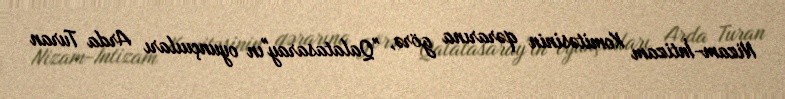
Nizam-İntizam Komitəsinin qərarına görə, "Qalatasaray"ın oyunçuıları Arda Turan